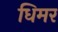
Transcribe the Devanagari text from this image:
धिमर